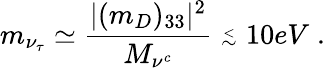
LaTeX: m_{\nu_{\tau}}\simeq\frac{|(m_{D})_{33}|^{2}}{M_{\nu^{c}}}\stackrel{_<}{_\sim}10eV\; .